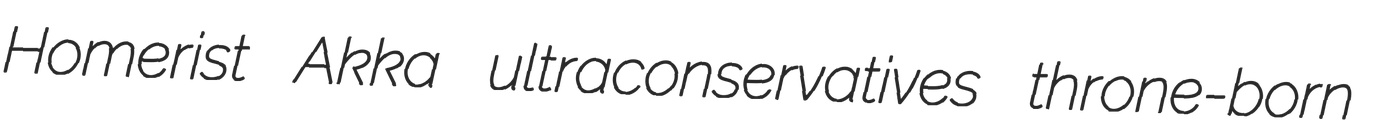
Homerist Akka ultraconservatives throne-born